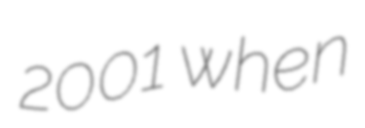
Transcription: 2001 when